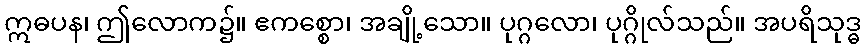
ဣဓပန၊ ဤလောက၌။ ဧကစ္စော၊ အချို့သော။ ပုဂ္ဂလော၊ ပုဂ္ဂိုလ်သည်။ အပရိသုဒ္ဓ